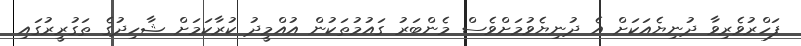
ފަހްރުވެރިވާ ދުނިޔެއަކަށް އެ ދުނިޔެވުމަށްވެސް މެންބަރު ގައުމުތަކުން އުއްމީދު ކުރާކަމަށް ޝާހިދުގެ ތަގުރީރުގައި